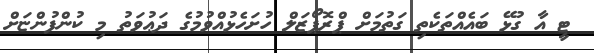
ޓީ އާ ގުޅޭ ބައެއްތަކެތި ގަތުމަށް ޕްރޮޕޯޒަލް ހުށަހެޅުއްވުމުގެ ދަޢުވަތު މި ކުންފުންޏަށް